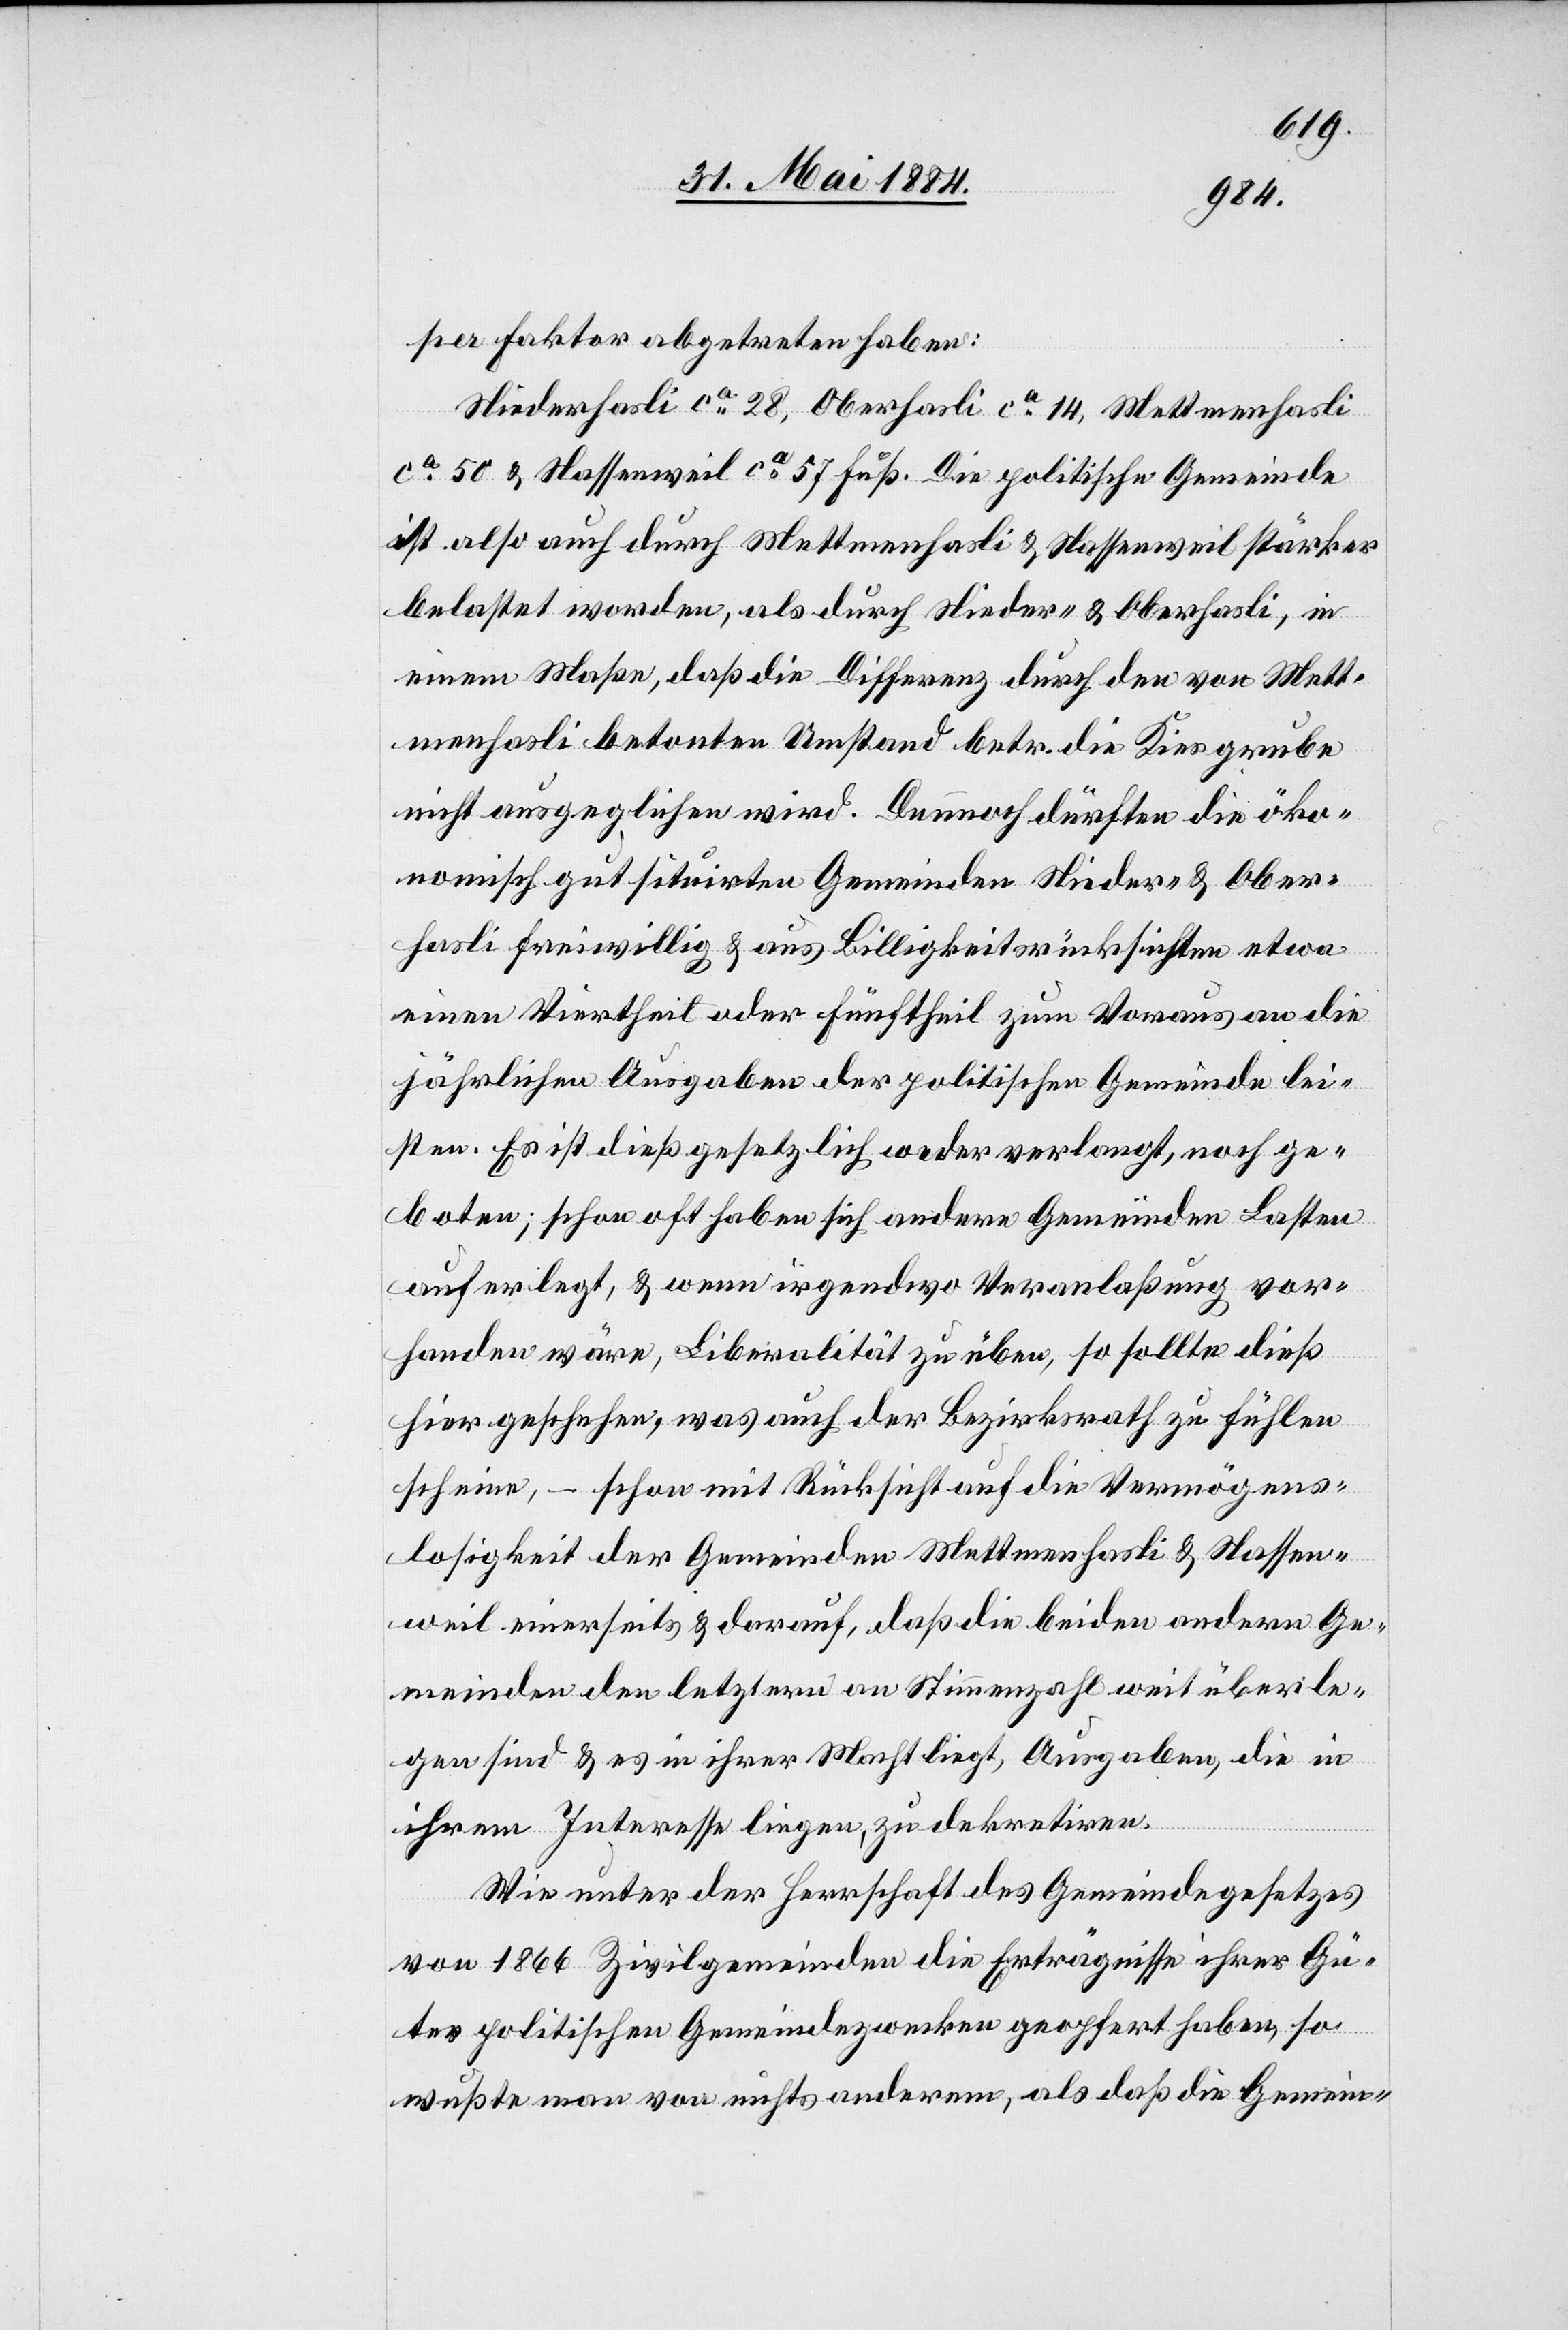
per Faktor abgetreten haben:
Niederhasli ca 28, Oberhasli ca 14, Mettmenhasli
ca 50 & Nassenweil ca 57 Fuß. Die politische Gemeinde
ist also auch durch Mettmenhasli & Nassenweil stärker
belastet worden, als durch Nieder- & Oberhasli, in
einem Maße, daß die Differenz durch den von Mett¬
menhasli betonten Umstand betr. die Kiesgrube
nicht ausgeglichen wird. Dennoch dürften die öko¬
nomisch gut situirten Gemeinden Nieder- & Ober¬
hasli freiwillig & aus Billigkeitsrücksichten etwa
einen Viertheil oder Fünftheil zum Voraus an die
jährlichen Ausgaben der politischen Gemeinde lei¬
sten. Es ist dieß gesetzlich weder verlangt, noch ge¬
boten; schon oft haben sich andere Gemeinden Lasten
auferlegt, & wenn irgendwo Veranlaßung vor¬
handen wäre, Liberalität zu üben, so sollte dieß
hier geschehen, was auch der Bezirksrath zu fühlen
scheine, – schon mit Rücksicht auf die Vermögens¬
losigkeit der Gemeinden Mettmenhasli & Nassen¬
weil einerseits & darauf, daß die beiden andern Ge¬
meinden den letztern an Stimmzahl weit überle¬
gen sind & es in ihrer Macht liegt, Ausgaben, die in
ihrem Interessen liegen, zu dekretitiren.
Wie unter der Herrschaft des Gemeindegesetzes
von 1866 Zivilgemeinden die Erträgnisse ihrer Gü¬
ter politischen Gemeindezwecken geopfert haben, so
wußte man von nichts anderem, als daß die Gemein-